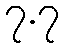
၇.၇